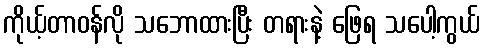
ကိုယ့်တာဝန်လို သဘောထားပြီး တရားနဲ့ ဖြေရ သပေါ့ကွယ်